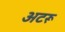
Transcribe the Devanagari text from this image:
अटरू